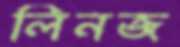
লিনজ